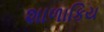
શાળાકિય